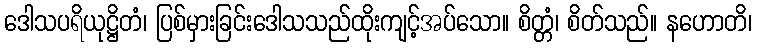
ဒေါသပရိယုဋ္ဌိတံ၊ ပြစ်မှားခြင်းဒေါသသည်ထိုးကျင့်အပ်သော။ စိတ္တံ၊ စိတ်သည်။ နဟောတိ၊